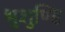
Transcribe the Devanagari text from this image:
भुशुण्डि